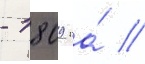
- 1809 га́ //